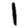
Digit: 1